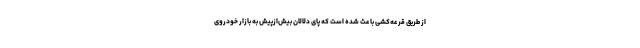
از طریق قرعه‌کشی باعث شده است که پای دلالان بیش‌ازپیش به بازار خودروی